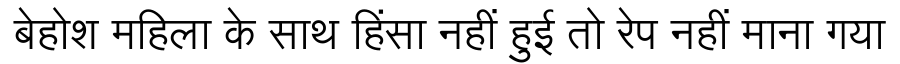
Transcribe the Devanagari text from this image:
बेहोश महिला के साथ हिंसा नहीं हुई तो रेप नहीं माना गया